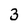
Character: 3